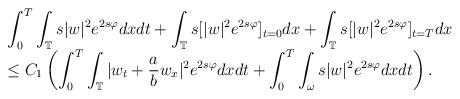
LaTeX: \begin{align*}\begin{array}{l} \displaystyle\int_{0}^{T}\int_{\mathbb{T}}s|w|^2e^{2s\varphi}dxdt+\int_{\mathbb{T}}s[|w|^2e^{2s\varphi}]_{t=0}dx+\int_{\mathbb{T}}s[|w|^2e^{2s\varphi}]_{t=T}dx\\ \leq C_1\displaystyle\left(\int_{0}^{T}\int_{\mathbb{T}}|w_t+\frac{a}{b}w_x|^2e^{2s\varphi}dxdt+\int_{0}^{T}\int_{\omega}s|w|^2e^{2s\varphi}dxdt\right).\end{array}\end{align*}